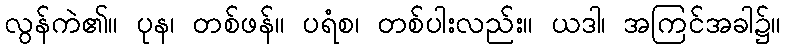
လွန်ကဲ၏။ ပုန၊ တစ်ဖန်။ ပရံစ၊ တစ်ပါးလည်း။ ယဒါ၊ အကြင်အခါ၌။